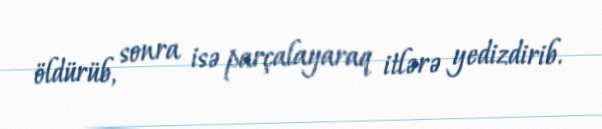
öldürüb, sonra isə parçalayaraq itlərə yedizdirib.